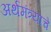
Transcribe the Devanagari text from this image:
अर्थमंत्र्याचे